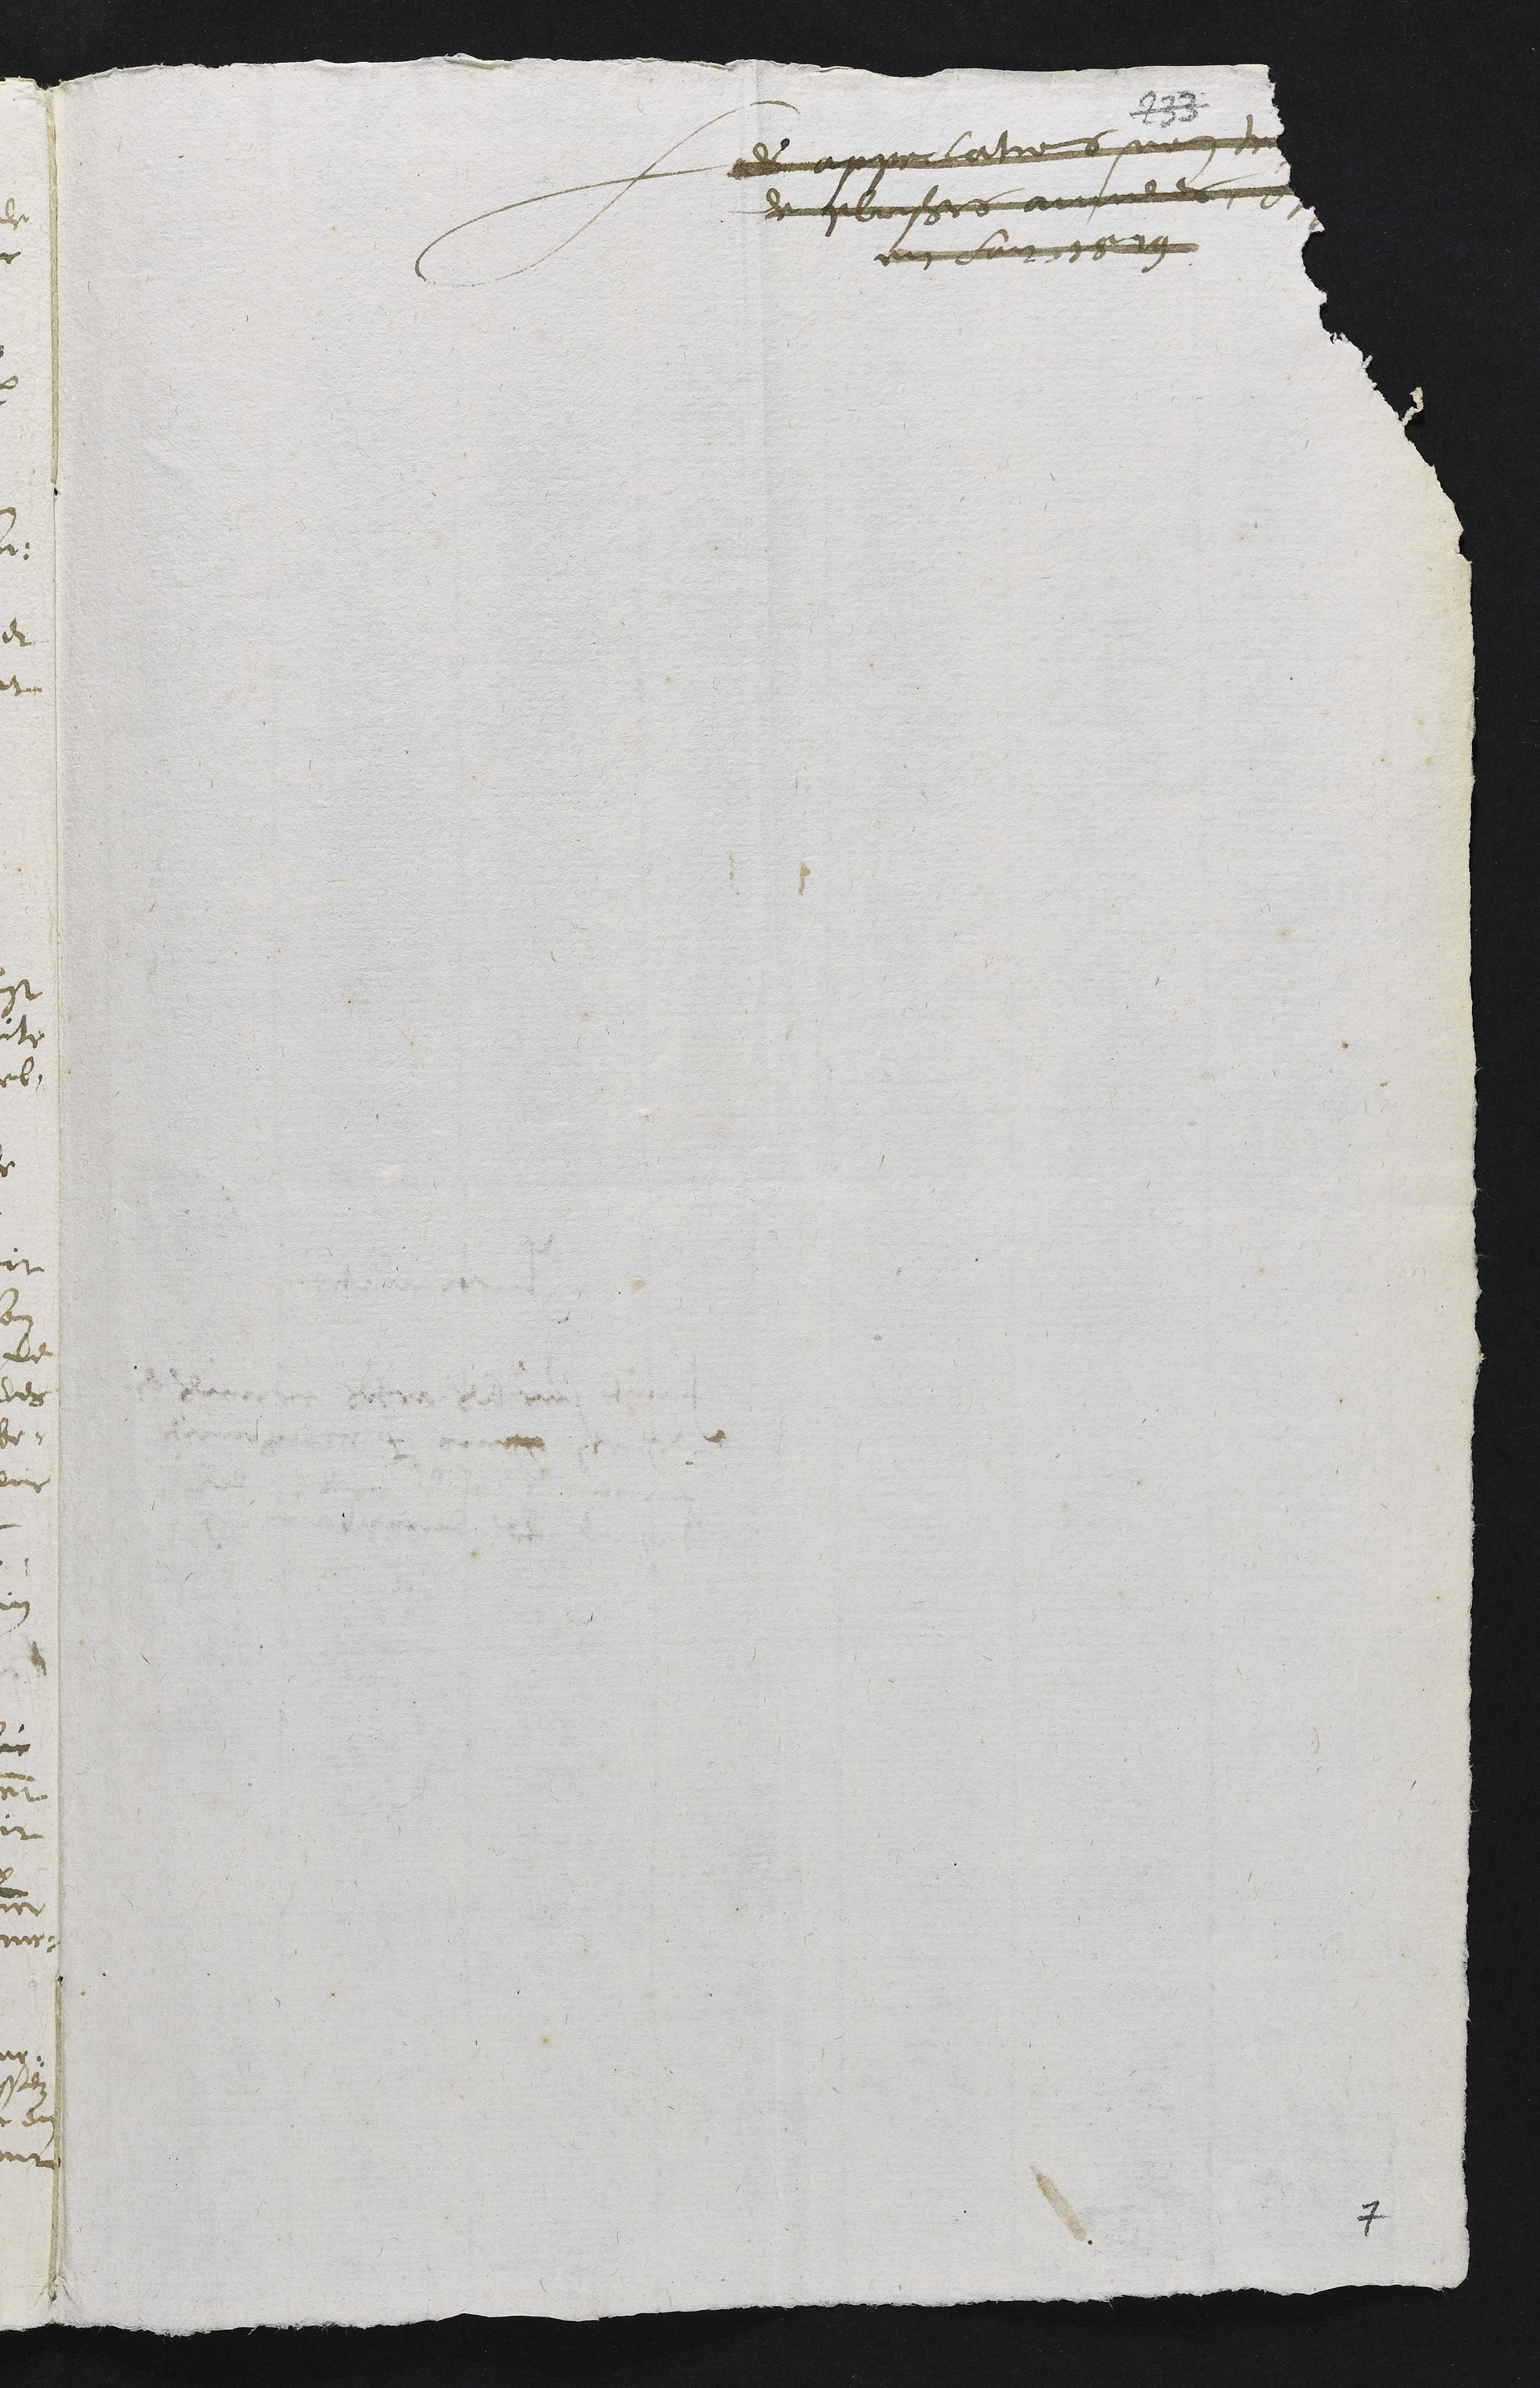
+e arpolatre nn te
de plusirs ammnee
en lut70 79